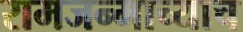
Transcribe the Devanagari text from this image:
रामजन्माच्याच